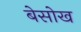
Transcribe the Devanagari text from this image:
बेसोख